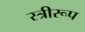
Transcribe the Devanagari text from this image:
स्त्रीरूप